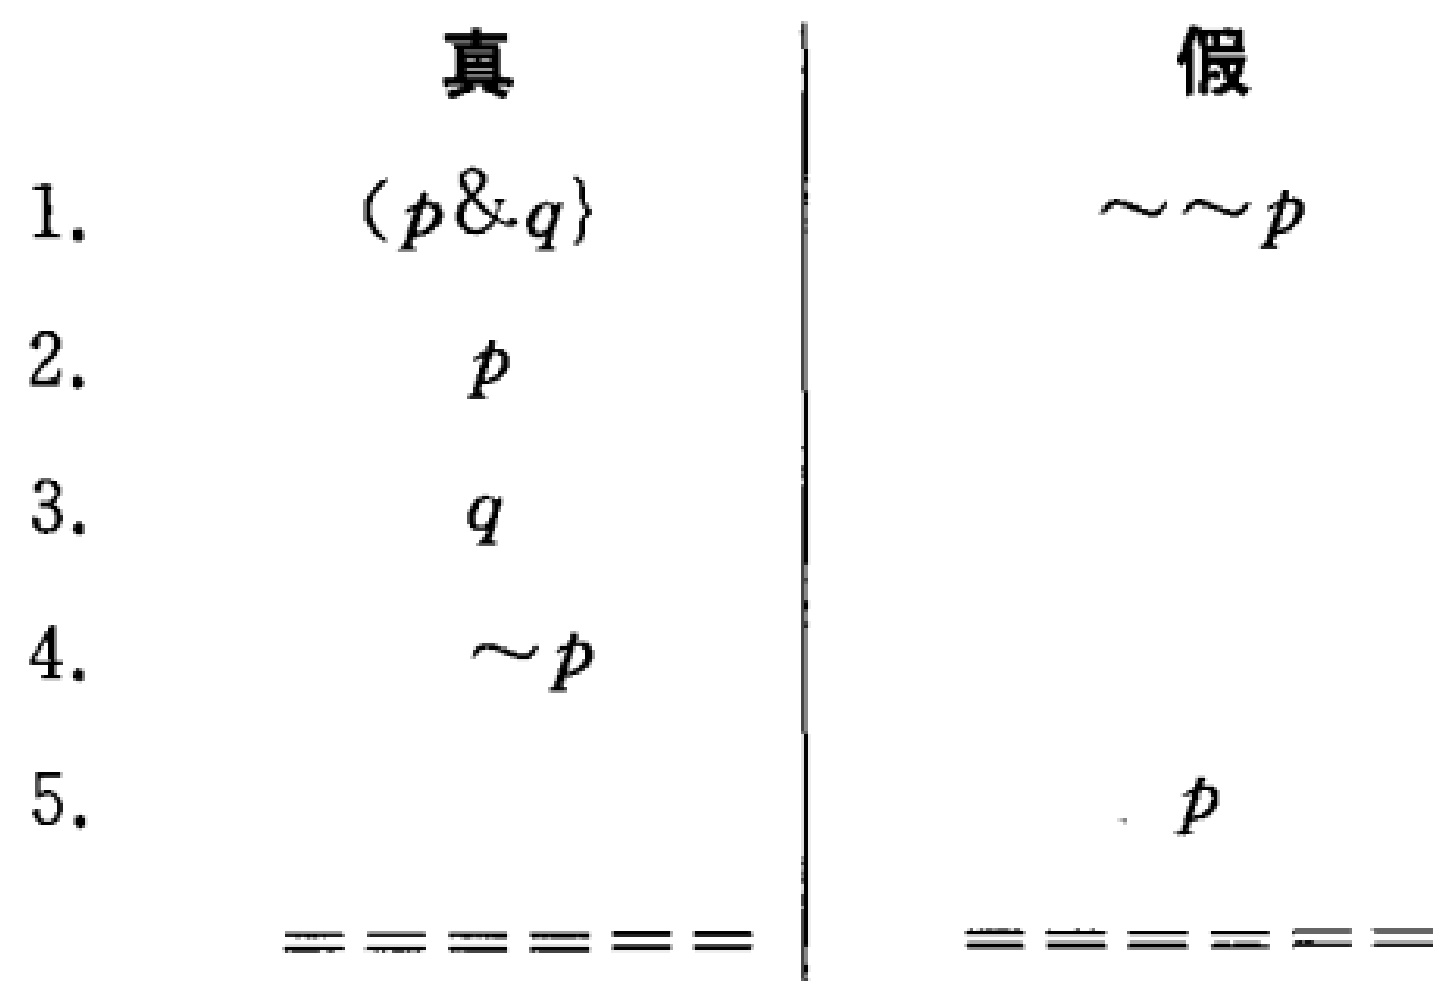
\begin{tabular}{l|l}
真 & 假 \\
1. $(p\&q)$ & $\sim\sim p$ \\
2. $p$ &  \\
3. $q$ &  \\
4. $\sim p$ &  \\
5. $p$ &
\end{tabular}